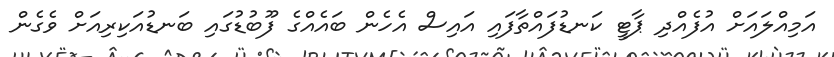
އަމިއްލައަށް އުފެއްދި ޕާޓީ ކަނޑުފައްތާފައި އައިސް އެހެން ބައެއްގެ ފޫބުޑުގައި ބަނޑުއަކިރިއަށް ވެގެން